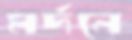
মর্দনে